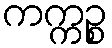
ကက္ကဉ္စ